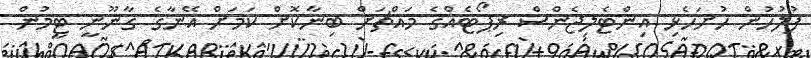
ފުލުހުން ހުށަހެޅި އިންޓެލިޖެންސް ރިޕޯޓެއްގެ މައްޗަށް ބިނާކޮށް ކަމަށް އޭނާގެ ގާނޫނީ ޓީމުން